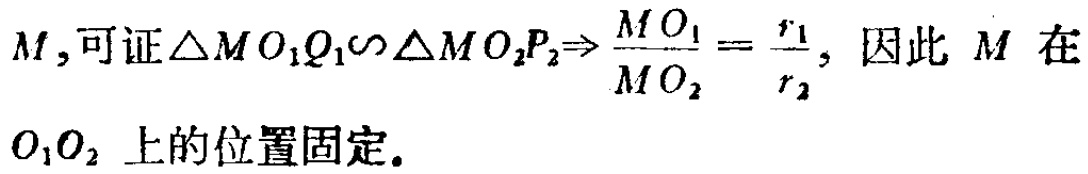
$M,可证\triangle MO_{1}Q_{1}\backsim\triangle MO_{2}P_{2}\Rightarrow \frac{MO_{1}}{MO_{2}}=\frac{r_{1}}{r_{2}}, 因此\ M\ 在\\O_{1}O_{2}\ 上的位置固定.$